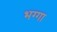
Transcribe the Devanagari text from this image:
भग्गा